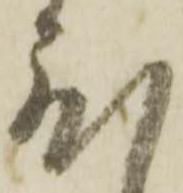
度